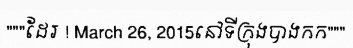
"""ដែរ ! March 26, 2015នៅទីក្រុងបាងកក"""